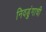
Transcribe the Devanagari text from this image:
निवडुंगाची